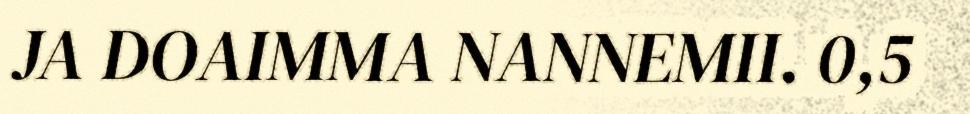
JA DOAIMMA NANNEMII. 0,5